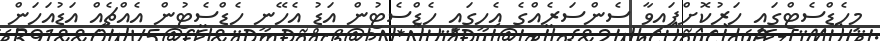
މިހެޑްސެޓްގައި ހަރުކޮށްފައިވާ ސެންސަރެއްގެ އެހީގައި ހެޑްސެޓުން އަޑު އެހޭނީ ހެޑްސެޓުން އެއްޗެއް އަޑުއަހަން